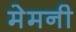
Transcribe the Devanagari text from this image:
मेमनी